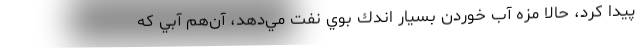
پيدا كرد، حالا مزه آب خوردن بسيار اندك بوي نفت مي‌دهد، آن‌هم آبي كه